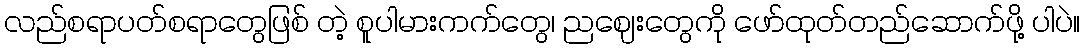
လည်စရာပတ်စရာတွေဖြစ် တဲ့ စူပါမားကက်တွေ၊ ညဈေးတွေကို ဖော်ထုတ်တည်ဆောက်ဖို့ ပါပဲ။